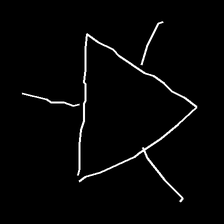
Glyph: fire